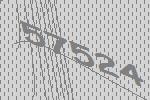
57524